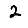
Digit: 2